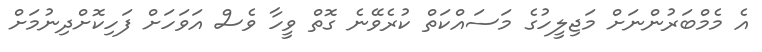
އެ މެމްބަރުންނަށް މަޖިލީހުގެ މަސައްކަތް ކުރެވޭނެ ގޮތް ވީހާ ވެސް އަވަހަށް ފަހިކޮށްދިނުމަށް